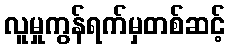
လူမှုကွန်ရက်မှတစ်ဆင့်